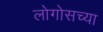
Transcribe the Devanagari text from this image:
लोगोसच्या